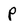
Character: p